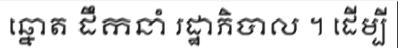
ឆ្នោត ដឹកនាំ រដ្ឋាភិបាល ។ ដើម្បី